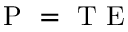
\mathrm { ~ P ~ } = \mathrm { ~ T ~ E ~ }